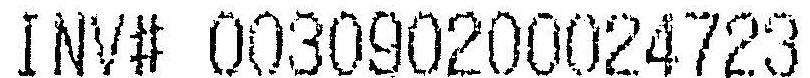
INV# 003090200024723